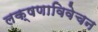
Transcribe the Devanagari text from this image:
लक्षणाविवेचन